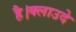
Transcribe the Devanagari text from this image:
है।क्लाउदे